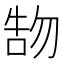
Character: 𠵞